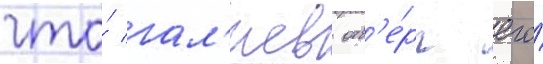
что́ гал'иев отв'е́рг его́